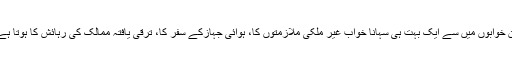
ان خوابوں میں سے ایک بہت ہی سہانا خواب غیر ملکی ملازمتوں کا، ہوائی جہازکے سفر کا، ترقی یافتہ ممالک کی رہائش کا ہوتا ہے۔